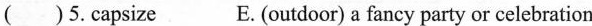
( )5.Capsize E.(outdoor) a fancy party or celebration